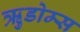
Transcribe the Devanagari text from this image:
ऋुडोम्स